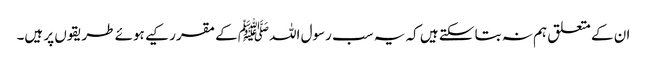
ان کے متعلق ہم نہ بتا سکتے ہیں کہ یہ سب رسول اللہﷺ کے مقرر کیے ہوئے طریقوں پر ہیں۔